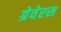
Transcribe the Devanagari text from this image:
ग्रेवेरस